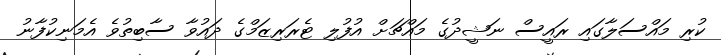
ކުރި މައްސަލާގައި ރައީސް ނަޝީދުގެ މައްޗަށް އުފުލި ޓެރަރިޒަމްގެ ދައުވާ ސާބިތުވެ އެމަނިކުފާނު